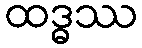
ထဒ္ဓဿ